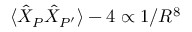
\langle \hat { X } _ { P } \hat { X } _ { P ^ { \prime } } \rangle - 4 \propto 1 / R ^ { 8 }